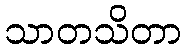
သာတသိတာ